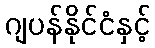
ဂျပန်နိုင်ငံနှင့်